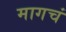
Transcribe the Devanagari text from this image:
मागचं